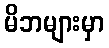
မိဘများမှာ